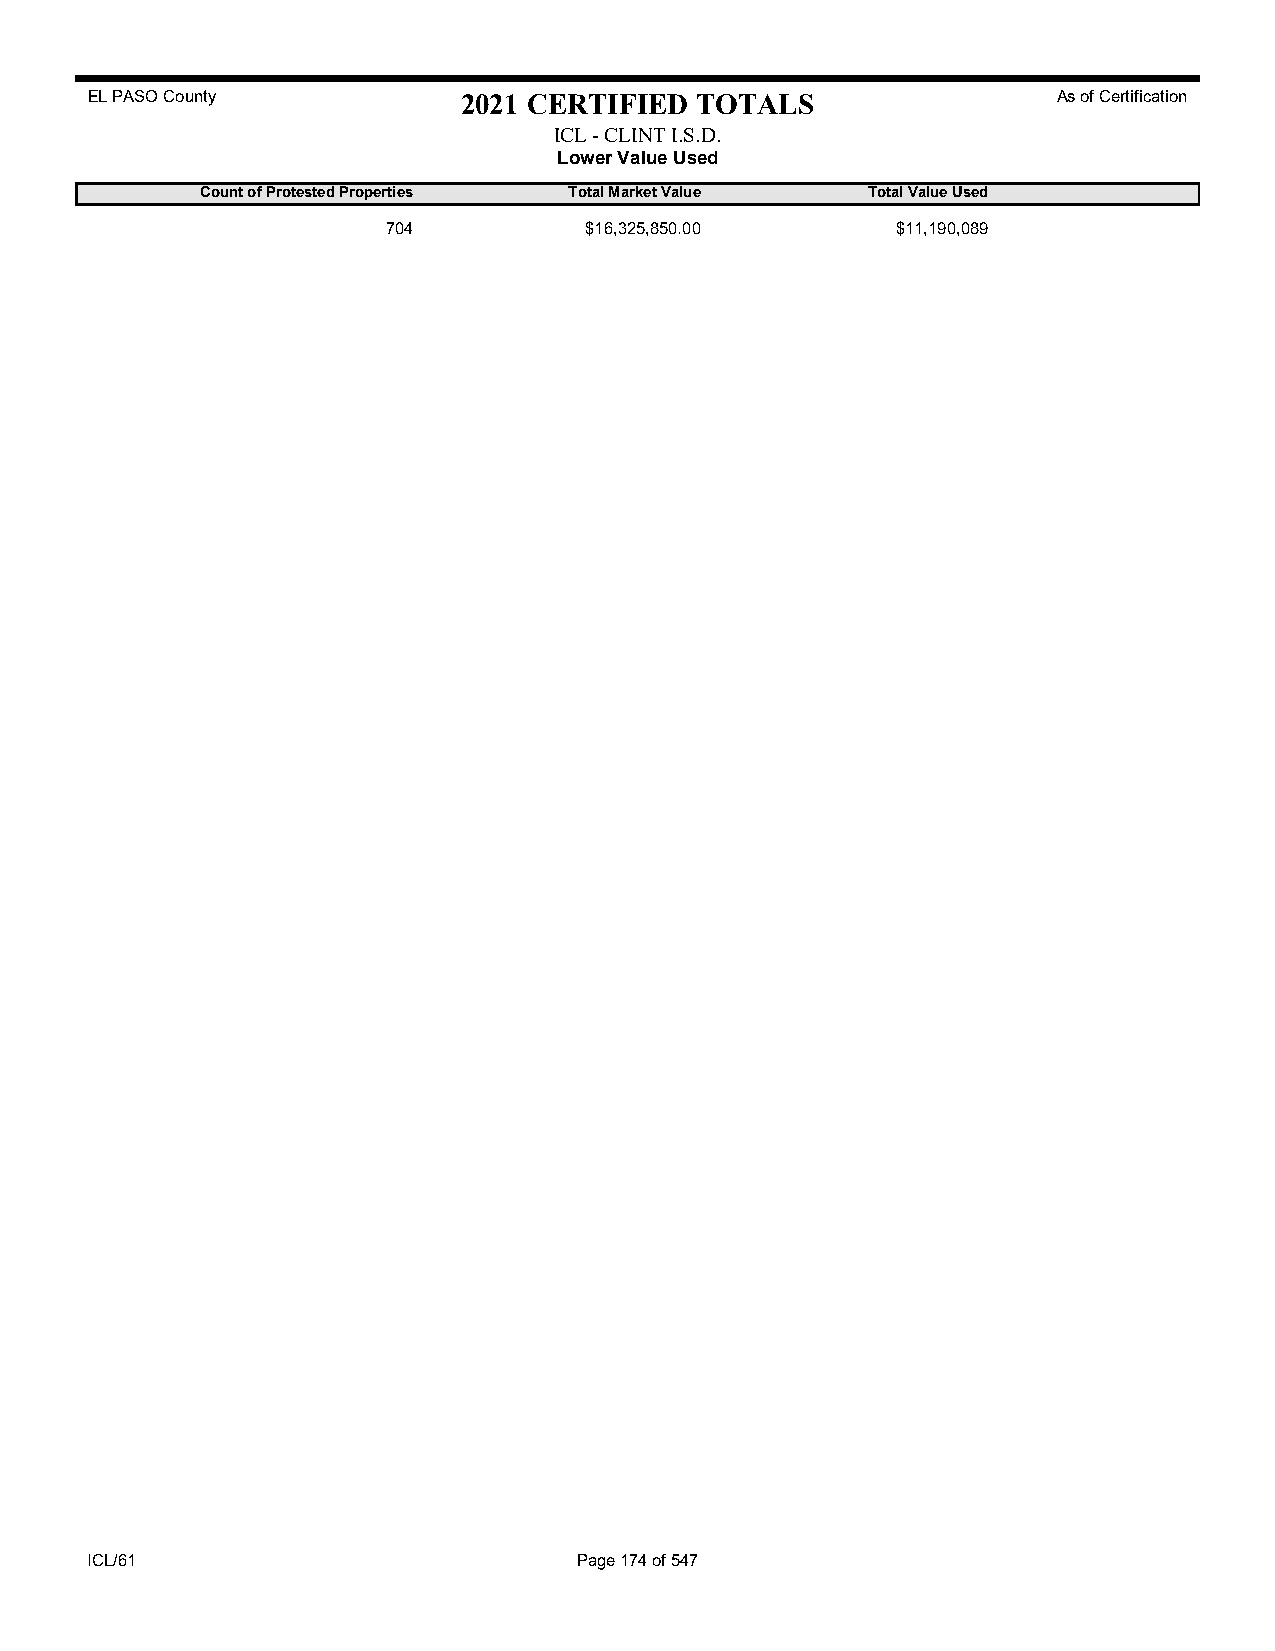
EL PASO County           2021 CERTIFIED TOTALS                  As of Certification
 ICL - CLINT I.S.D.
 Lower Value Used
 Count of Protested Properties Total Market Value Total Value Used
 704          $16,325,850.00      $11,190,089
 ICL/61                          Page 174 of 547